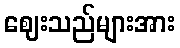
ဈေးသည်များအား